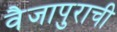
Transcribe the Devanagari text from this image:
वैजापुराची